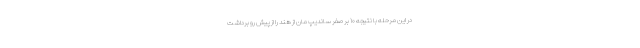
در این مرحله با نتیجه ۱۰ بر صفر ساندیپ مان از هند را از پیش رو برداشت